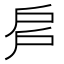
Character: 𢨳